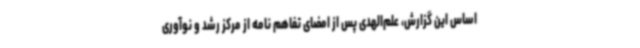
اساس این گزارش، علم‌الهدی پس از امضای تفاهم نامه از مرکز رشد و نوآوری